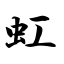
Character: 虹